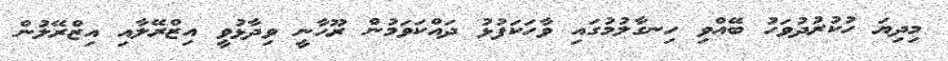
މިދިޔަ ހުކުރުދުވަހު ބޭއްވި ހިނގާލުމުގައި ވާހަކަފުޅު ދައްކަވަމުން ރޫހާނީ ވިދާޅުވީ އިޒްރޭލާއި އިޒްރޭލުން